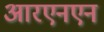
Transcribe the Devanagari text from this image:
आरएनएन